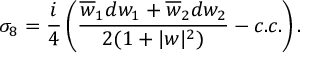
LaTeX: \sigma _ { 8 } = { \frac { i } { 4 } } \left( { \frac { \overline { { { w } } } _ { 1 } d w _ { 1 } + \overline { { { w } } } _ { 2 } d w _ { 2 } } { 2 ( 1 + | w | ^ { 2 } ) } } - c . c . \right) .